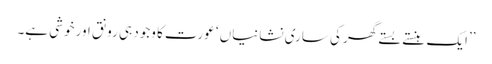
’’ایک ہنستے بستے گھر کی ساری نشانیاں ‘ عورت کا وجود ہی رونق اور خوشی ہے۔